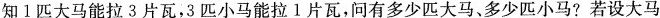
知1匹大马能拉3片瓦，3匹小马能拉1片瓦，问有多少匹大马、多少匹小马？若设大马